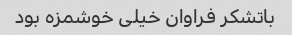
باتشکر فراوان خیلی خوشمزه بود